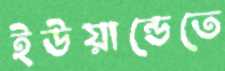
ইউয়ান্ডেতে